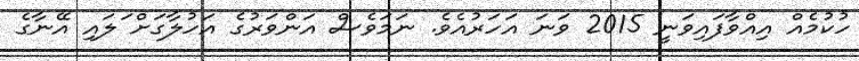
ހުކުމެއް އިއްވާފައިވަނީ 2015 ވަނަ އަހަރުއެވެ. ނަމަވެސް އަންވަރުގެ އަހުލާގަށް ަލައި އޭނާގެ